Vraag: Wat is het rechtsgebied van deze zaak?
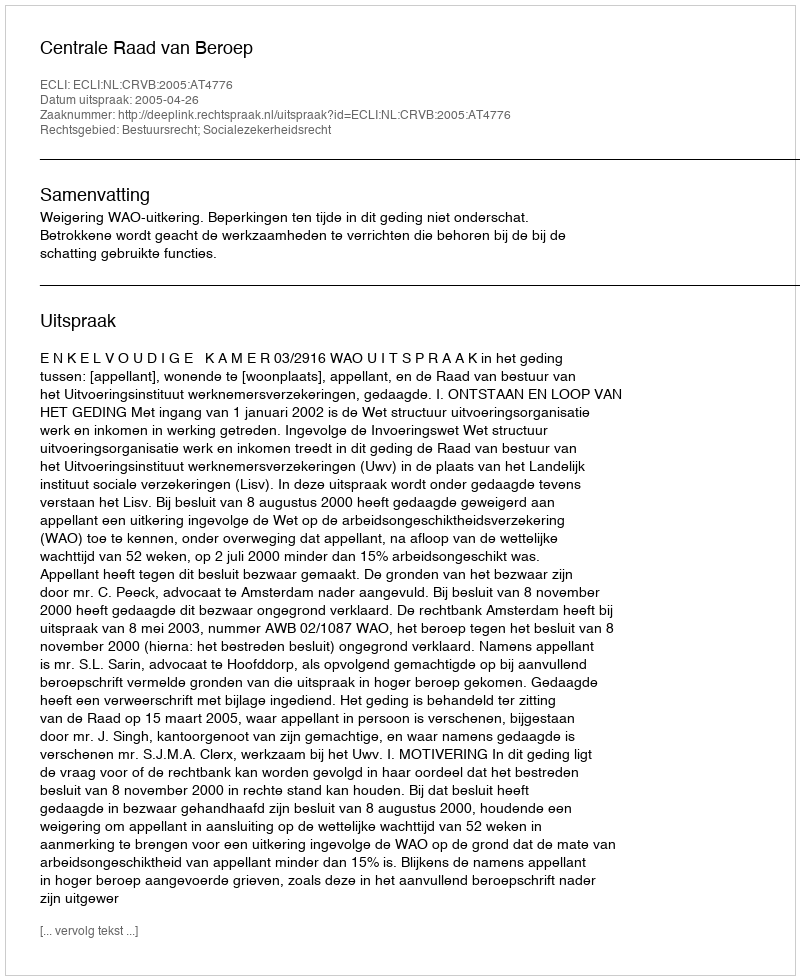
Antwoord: Bestuursrecht; Socialezekerheidsrecht